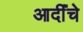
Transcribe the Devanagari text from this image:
आदींंचे